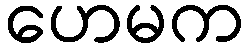
ဟေမက